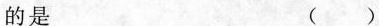
的是 ( )